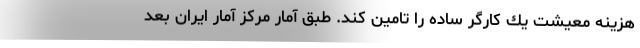
هزينه معيشت يك كارگر ساده را تامين كند. طبق آمار مركز آمار ايران بعد